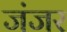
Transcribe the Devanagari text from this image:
जंजर